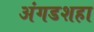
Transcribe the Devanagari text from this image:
अंगडशहा